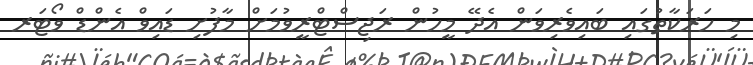
މި ހަރަކާތުގައި ބައިވެރިވަން އެދޭ މީހުން ރަޖިސްޓްރީވުމަށް މާފުށި ޑައިވް އެންޑް ވޯޓަރ